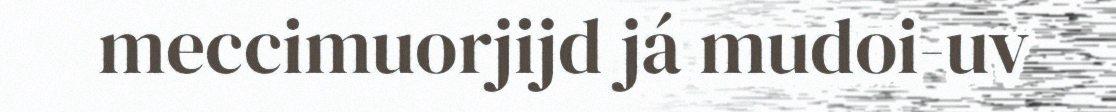
meccimuorjijd já mudoi-uv